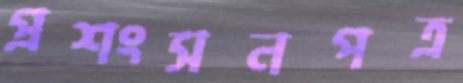
প্রশংসনপত্র